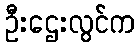
ဦးဌေးလွင်က